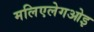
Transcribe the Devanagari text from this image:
मलिएलेगओइ